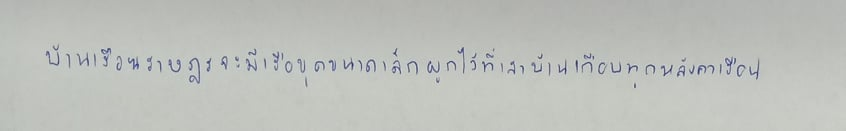
บ้านเรือนราษฎรจะมีเรือขุดขนาดเล็กผูกไว้ที่เสาบ้านเกือบทุกหลังคาเรือน